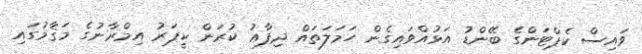
ވައިސް ކެޕްޓަންގެ ބޭންޑު އަޅުއްވައިގެން ހަމަލަތައް ދިފާޢު ކުރަން ކީޕަރު އިމްރާނުގެ މަޤާމުގައި